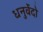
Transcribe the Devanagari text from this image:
धनुर्वेदो